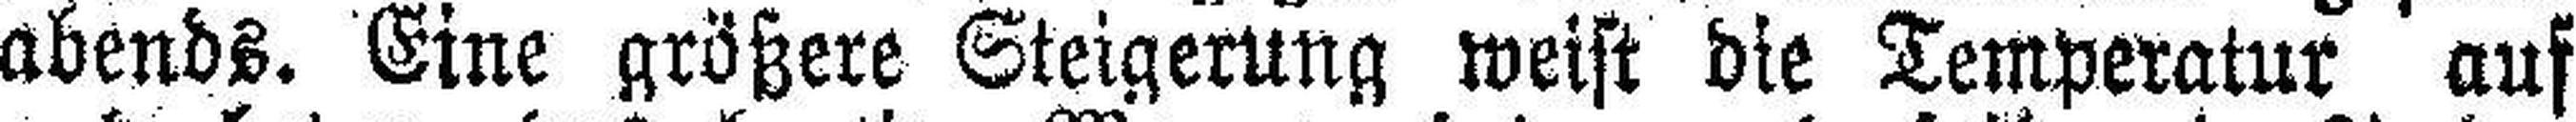
abends. Eine größere Steigerung weist die Temperatur auf